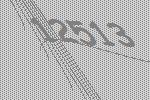
12513